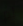
لم